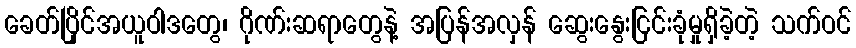
ခေတ်ပြိုင်အယူဝါဒတွေ၊ ဂိုဏ်းဆရာတွေနဲ့ အပြန်အလှန် ဆွေးနွေးငြင်းခုံမှုရှိခဲ့တဲ့ သက်ဝင်